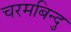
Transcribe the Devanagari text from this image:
चरमबिन्दु